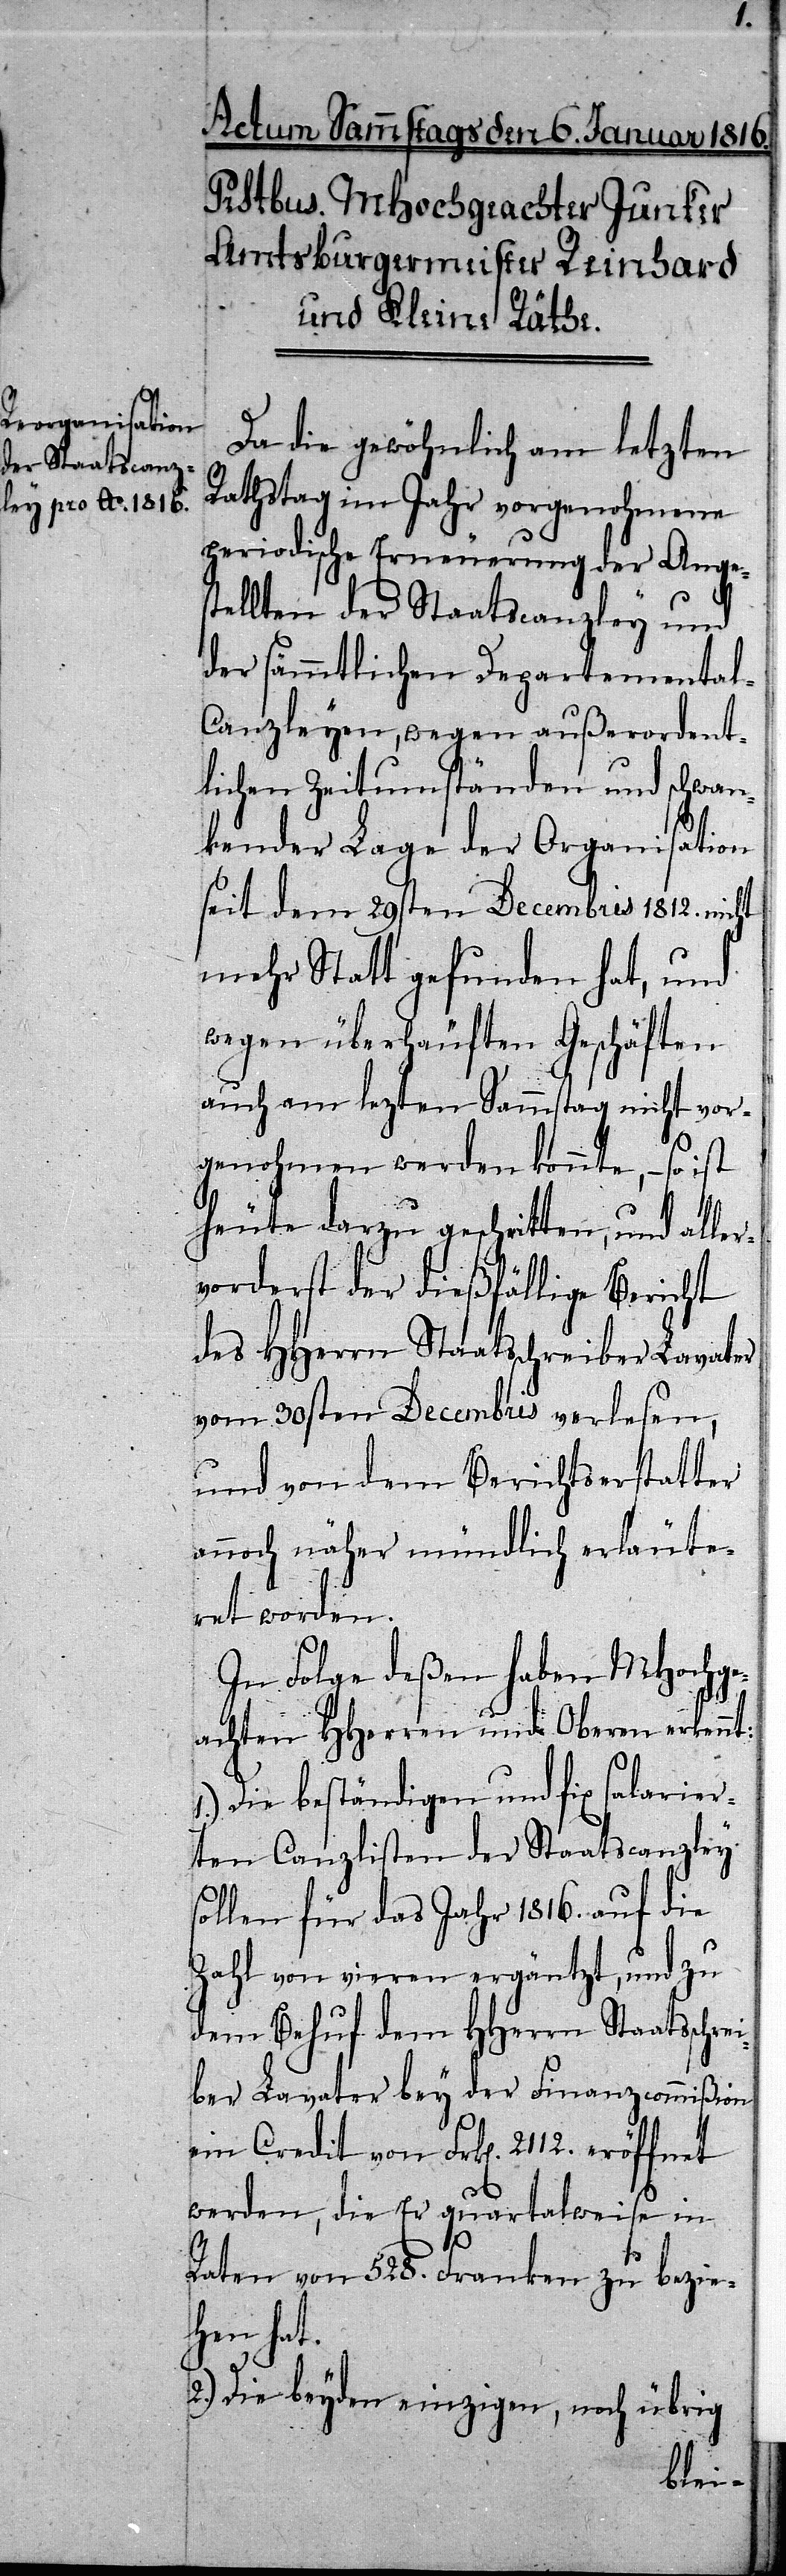
1.)
Da die gewöhnlich am letzten
Rathstag im Jahr vorgenohmene
periodische Erneuerung der Anges¬
tellten der Staatscanzley und
der sämmtlichen Departementa¬
l-Canzleyen, wegen außerordent¬
lichen Zeitumständen und schwan¬
kender Lage der Organisation
seit dem 29sten Decembris 1812. nicht
mehr Statt gefunden hat, und
wegen überhäuften Geschäften
auch am lezten Sammstag nicht vor¬
genohmen werden konnte, – so ist
heute darzu geschritten, und aller¬
vorderst der dießfällige Bericht
des HHerrn Staatsschreiber Lavater
vom 30sten Decembris verlesen,
und von dem Berichtserstatter
annoch näher mündlich erläute¬
rt worden.
In Folge deßen haben MHochge¬
achten HHerren und Oberen erkennt:
Die beständigen und fix salarier¬
ten Canzlisten der Staatscanzley
sollen für das Jahr 1816. auf die
Zahl von vieren ergäntzt, und zu
dem Behuf dem HHerrn Staatsschre¬
iber Lavater bey der Finanzcommißion
werden, die Er quartalsweise in
Raten von 528. Franken zu bezie¬
hen hat.
2.) Die beyden einzigen, noch übrig